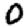
Digit: 0